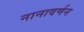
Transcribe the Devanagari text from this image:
नानावर्णन